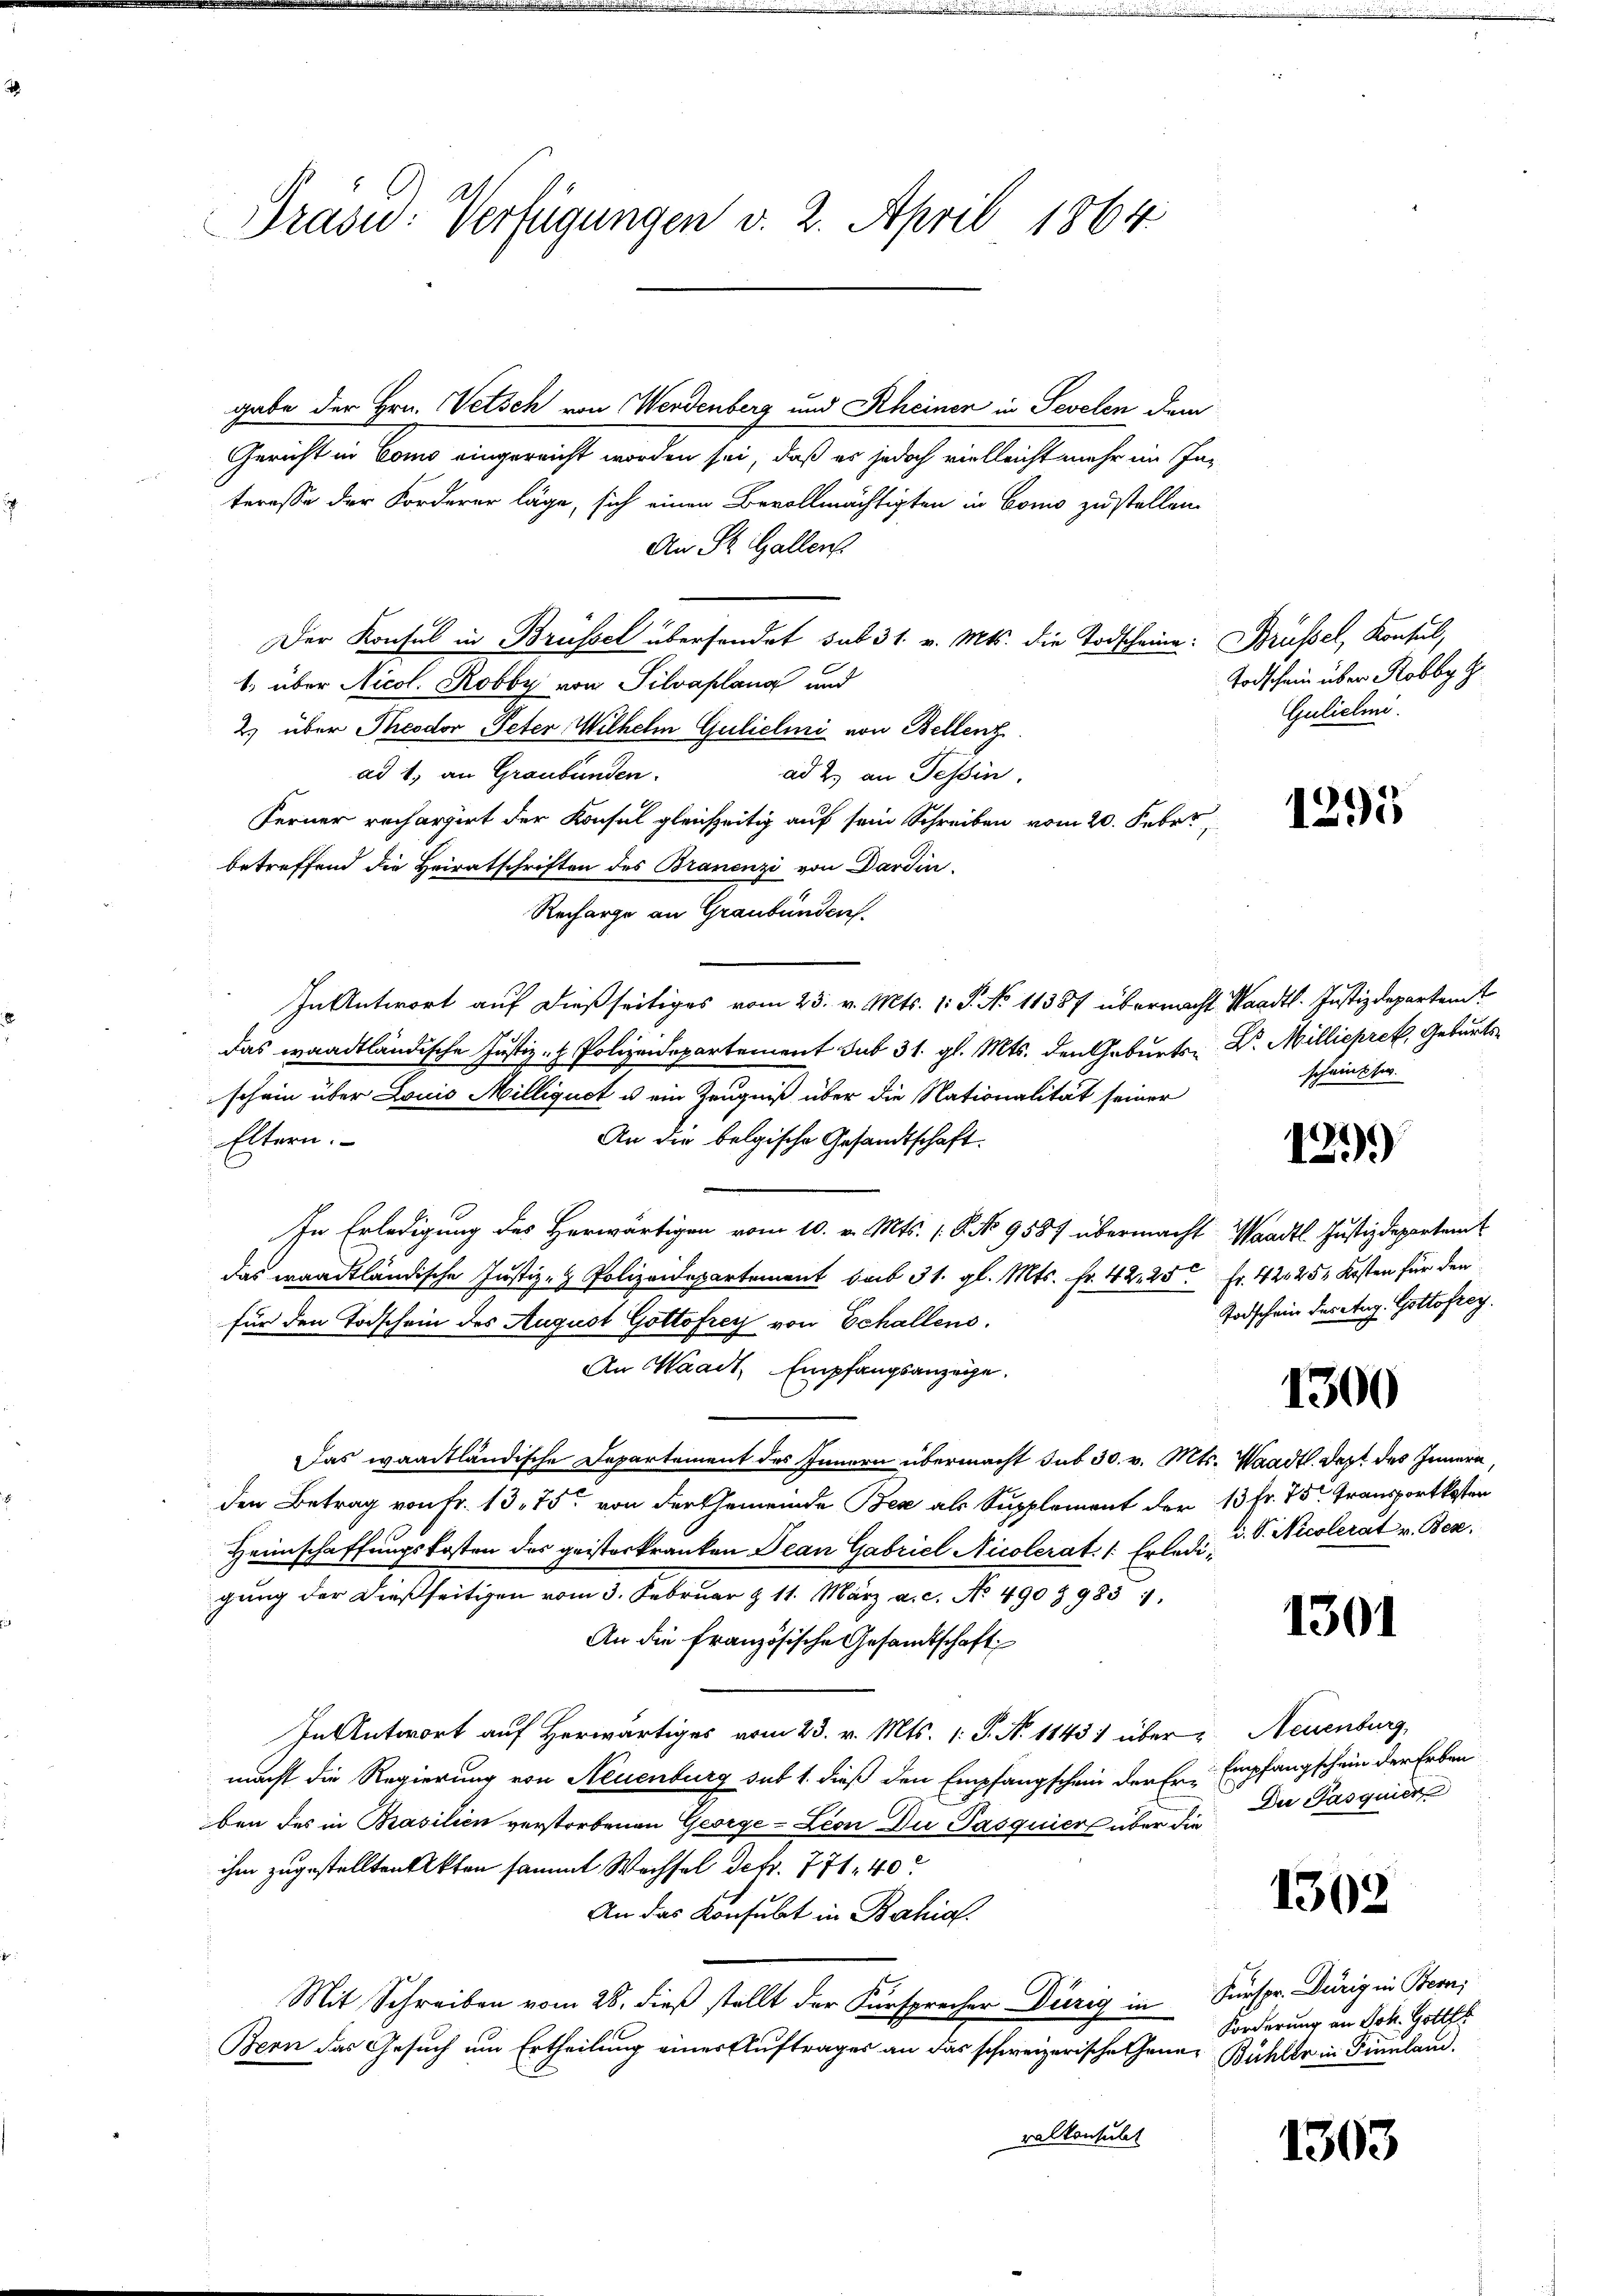
Präsid. Verfügungen v. 2. April 1864.

gabe der Hrn. Petsch von Werdenberg und Rheinen in Sevelen dem
Gericht in Como eingereicht worden sei, daß es jedoch vielleicht mehr im Interesse der Forderer läge, sich einen Bevollmächtigten in Como zustellen.
An St. Gallen.
Der Konsul in Brüssel übersendet sub 31. v. Mts. die Todscheine Brüssel, Konsul,
1 über Nicol. Robby von Silvaplana und
2) über Theodor Peter Wilhelm Guliclini von Bellenz
ad 1, an Graubünden.
ad 2. an Tessin,
Ferner rechargirt der Konsul gleichzeitig auf sein Schreiben vom 20. Febr.
betreffend die Heiratschriften des Branenzi von Dardin
Recharge an Graubünden.
In Antwort auf dießseitiges vom 23. v. Mts. 1. P. No 11387 übernacht Waadt. Justizdepartemt
das waadtländische Justiz- & Polizeidepartement sub 31. gl. Mts. den Geburts- Dr. Milliepret, Geburtsschein über Louis Milliquet u. ein Zeugniß über die Nationalität seiner
An die belgische Gesandtschaft.
Eltern.
In Erledigung des Herwärtigen vom 10. v. Mts. 16. No 9587 übermacht Waadt Justizdepartem
das waadtländische Justiz- & Polizeidepartement sub 31. gl. Mts. fr. 42. 25 Fr. 42025 Kosten für den
für den Todschein des August Gottofrey von Echallens.
An Waadt, Empfangsanzeige.
Das waadtländische Departement des Innern übermacht sub 30. v. Mts. Waadt. Dezt des Innern,
den Betrag von Fr. 1375 von der Gemeinde Bex als Supplement der 13 Fr. 75 Transportkosten
Heimschaffungskosten des geisterkranken Jean Gabriel Nicolerat: 1. Erledi, u. S. Nicolerat v. Bez
gung der dießseitigen vom 3. Februar & 11. März a.c. No 490 § 983 1:
An die französische Gesandtschaft
In Antwort auf Herwärtiges vom 23. v. Mts. (: P. N. 1143) über Neuenburg,
macht die Regierung von Neuenburg sub 1. dieß den Empfangschein der Er- Empfangschein der Erben
ben des in Brasilien verstorbenen George-Lion Du Pasquiers über die
ihm zugestellten Akten sammt Wachsel Dekr. 771, 40
An das Konsulat in Bahia
Mit Schreiben vom 28. dieβ stellt der Fürsprecher Dürig in Fürspr. Dürig in Bern,
Bern das Gesuch um Ertheilung einer Auftrages an das schweizerische Gener Bühler in Finnland.
ralkonsult

Todschein über Robby G
Guliclini

1295

scheinsti

129)

Todschein des Aug. Gottofrey.

1300

1301

Die Pasquier

1302

Forderung an Joh. Gottf

1303